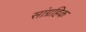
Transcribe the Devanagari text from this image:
सांग्रहिक